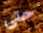
حتى